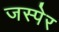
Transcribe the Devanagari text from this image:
जस्पेर